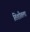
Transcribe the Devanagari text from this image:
तिशीतला